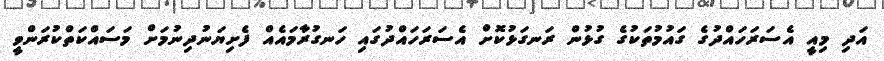
އަދި މިއީ އެސަރަހައްދުގެ ގައުމުތަކުގެ ގުޅުން ރަނގަޅުކޮށް އެސަރަހައްދުގައި ހަނގުރާމައެއް ފެށިޔަނުދިނުމަށް މަސައްކަތްކުރަންވީ